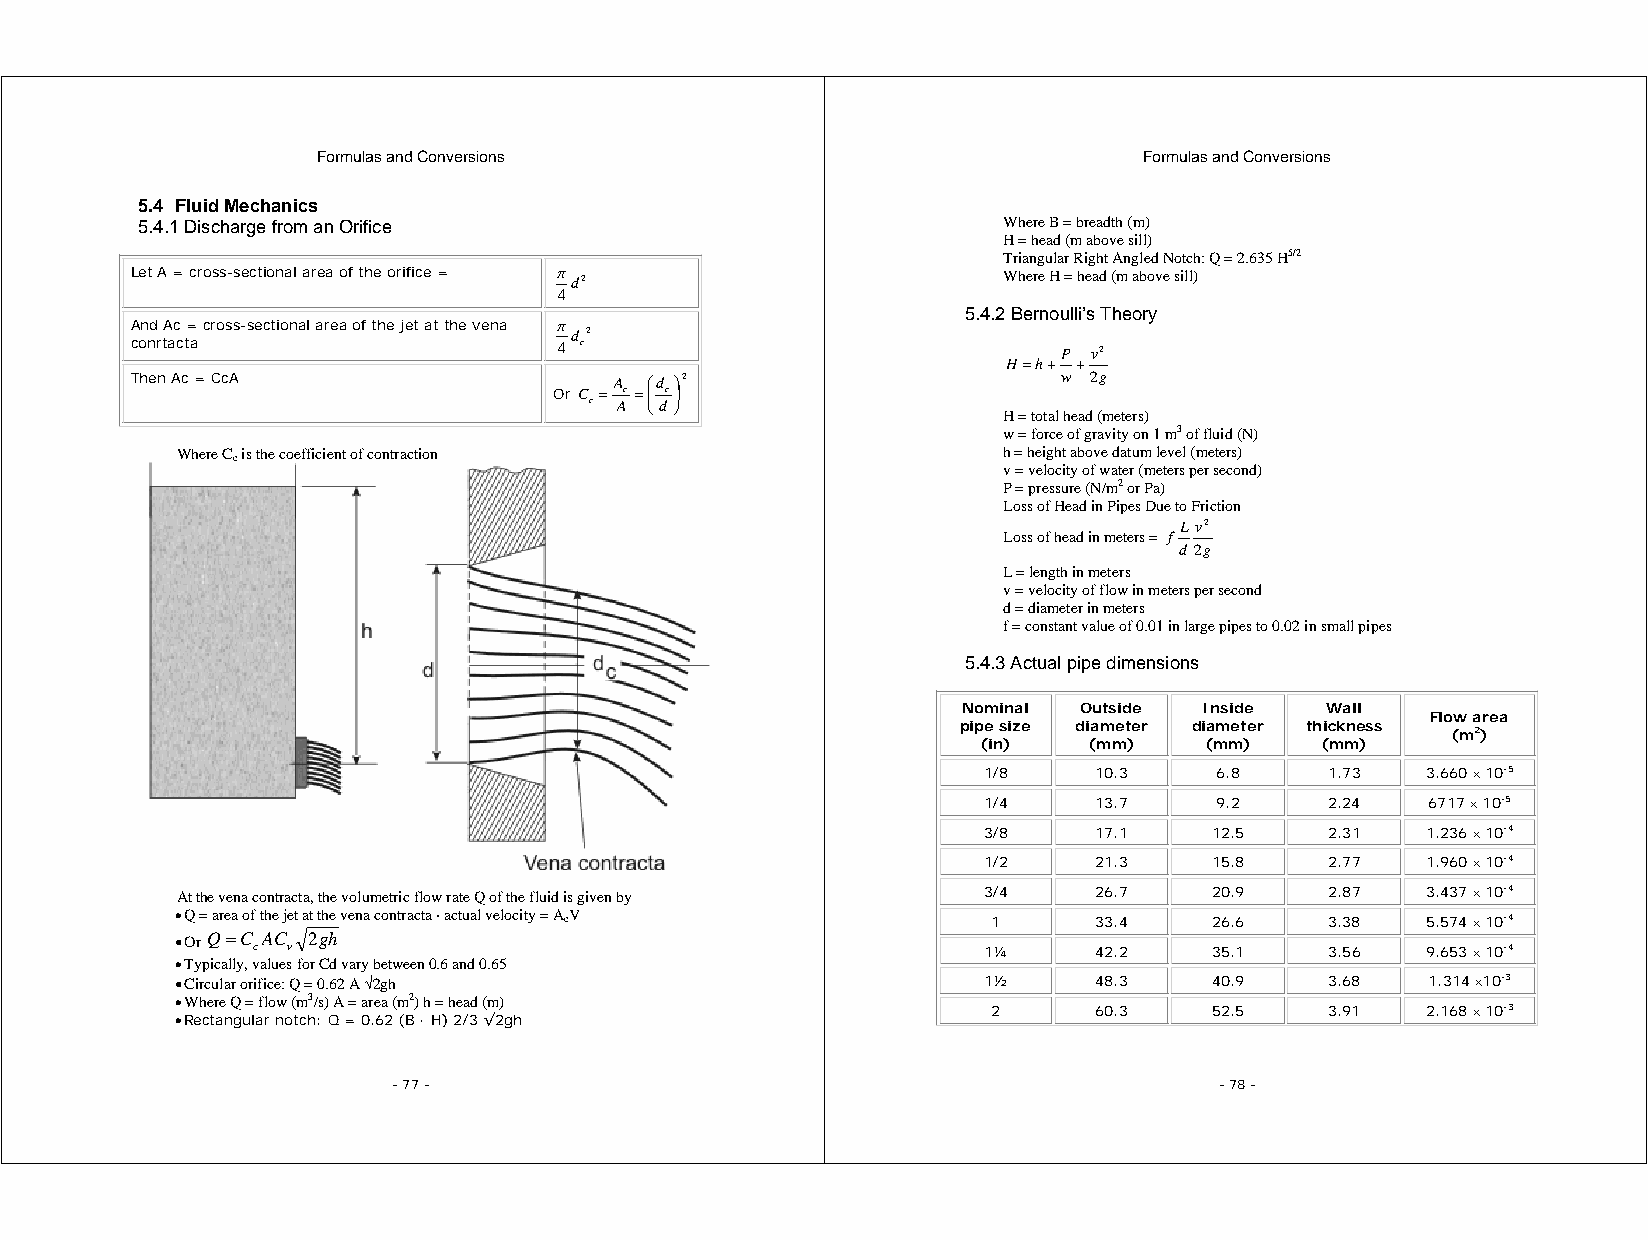
Formulas and Conversions                               Formulas and Conversions
 5.4 Fluid Mechanics
 5.4.1 Discharge from an Orifice                          Where B = breadth (m)
 H = head (m above sill)
 Triangular Right Angled Notch: Q = 2.635 H5/2
 Let A = cross-sectional area of the orifice = π d2       Where H = head (m above sill)
 4
 5.4.2 Bernoulli’s Theory
 And Ac = cross-sectional area of the jet at the vena π
 d 2
 conrtacta                   4 c                              P v2
 H=h+ +
 Then Ac = CcA                   A ⎛d ⎞2                      w 2g
 Or C c= Ac =⎜
 ⎝
 dc⎟
 ⎠
 H = total head (meters)
 w = force of gravity on 1 m3 of fluid (N)
 Where Cc is the coefficient of contraction            h = height above datum level (meters)
 v = velocity of water (meters per second)
 P = pressure (N/m2 or Pa)
 Loss of Head in Pipes Due to Friction
 L v2
 Loss of head in meters = f
 d 2g
 L = length in meters
 v = velocity of flow in meters per second
 d = diameter in meters
 f = constant value of 0.01 in large pipes to 0.02 in small pipes
 5.4.3 Actual pipe dimensions
 Nominal Outside Inside  Wall
 Flow area
 pipe size diameter diameter thickness
 (m2)
 (in)   (mm)    (mm)   (mm)
 1/8     10.3    6.8    1.73  3.660 × 10-5
 1/4     13.7    9.2    2.24   6717 × 10-5
 3/8     17.1   12.5    2.31  1.236 × 10-4
 1/2     21.3   15.8    2.77  1.960 × 10-4
 At the vena contracta, the volumetric flow rate Q of the fluid is given by 3/4 26.7 20.9 2.87 3.437 × 10-4
 • Q = area of the jet at the vena contracta · actual velocity = AcV 1 33.4 26.6 3.38 5.574 × 10-4
 • Or Q=C AC 2gh
 c v                                             1¼      42.2   35.1    3.56  9.653 × 10-4
 • Typically, values for Cd vary between 0.6 and 0.65
 • Circular orifice: Q = 0.62 A √2gh                  1½      48.3   40.9    3.68   1.314 ×10-3
 • Where Q = flow (m3/s) A = area (m2) h = head (m)
 2      60.3   52.5    3.91  2.168 × 10-3
 • Rectangular notch: Q = 0.62 (B · H) 2/3 √2gh
 - 77 -                                                 - 78 -